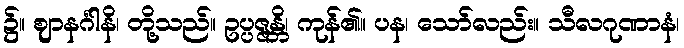
၌။ ဈာနင်္ဂါနိ၊ တို့သည်။ ဥပ္ပဇ္ဇန္တိ၊ ကုန်၏။ ပန၊ သော်လည်း။ သီလဂုဏာနံ၊